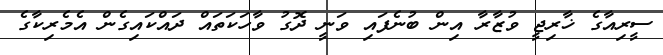
ސީރިއާގެ ޚާރިޖީ ވުޒާރާ އިން ބުނެފައި ވަނީ ދޮގު ވާހަކަތައް ދައްކައިގެން އެމެރިކާގެ